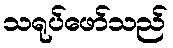
သရုပ်ဖော်သည်